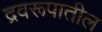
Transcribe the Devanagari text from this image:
द्रवरूपातील